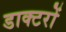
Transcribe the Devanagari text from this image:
डाक्‍टरों